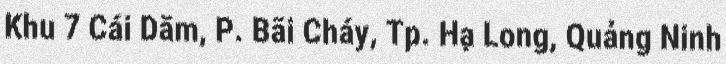
Khu 7 Cái Dăm, P. Bãi Cháy, Tp. Hạ Long, Quảng Ninh